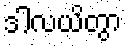
ဒါလယိတွာ